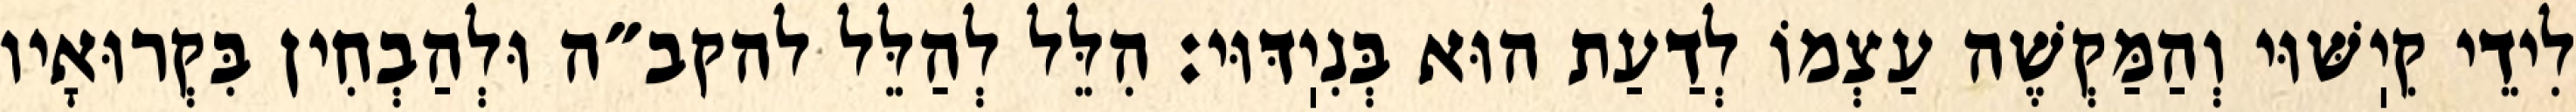
לִידֵי קִיֽשּׁוּי וְהַמַּקְשֶׁה עַצְמוֹ לְדַעַת הוּא בְּנִיֽדּוּי: הִלֵּל לְהַלֵּל להקב״ה וּלְהַבְחִין בִּקְרוּאָיו